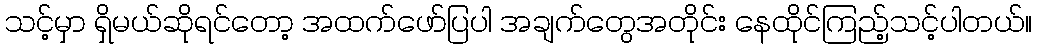
သင့်မှာ ရှိမယ်ဆိုရင်တော့ အထက်ဖော်ပြပါ အချက်တွေအတိုင်း နေထိုင်ကြည့်သင့်ပါတယ်။